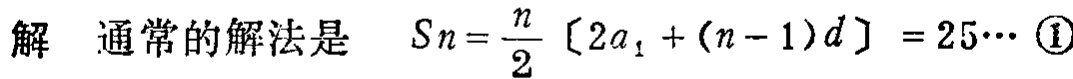
解 通常的解法是 \(S_n=\frac{n}{2}[2a_1+(n - 1)d]=25\cdots \textcircled{1}\)